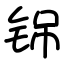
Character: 铞